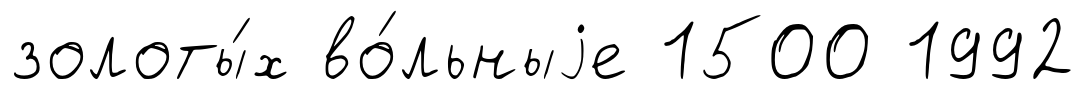
золоты́х во́льныjе 1500 1992